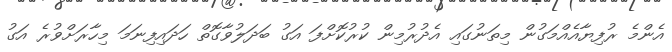
އެންމެ ރުފިޔާއެއްމަގުން މިތަނުގައި އެދުރުމިން ކުރުކޮށްފަ އަގު ބަދަލުވާގޮތް ހަދައިފިނަމަ މިހާރަށްވުރެ އަގު